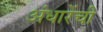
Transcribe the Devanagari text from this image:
अंधारेंची